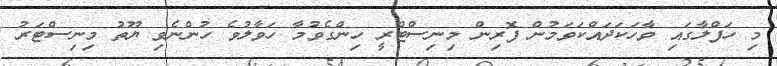
މި ހަފްލާގައި ވާހަކަދައްކަވަމުން ފޮރިން މިނިސްޓްރީ ހިންގެވުމާ ހަވާލުވެ ހުންނެވި ޔޫތު މިނިސްޓަރު